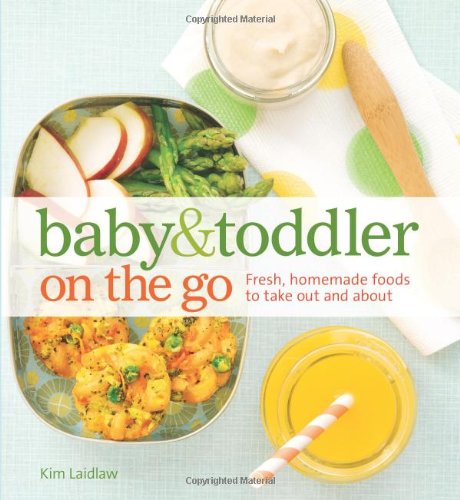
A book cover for Baby and Toddler On the Go Cookbook: Fresh, Homemade Foods To Take Out And About; Kim Laidlaw; Cookbooks, Food & Wine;